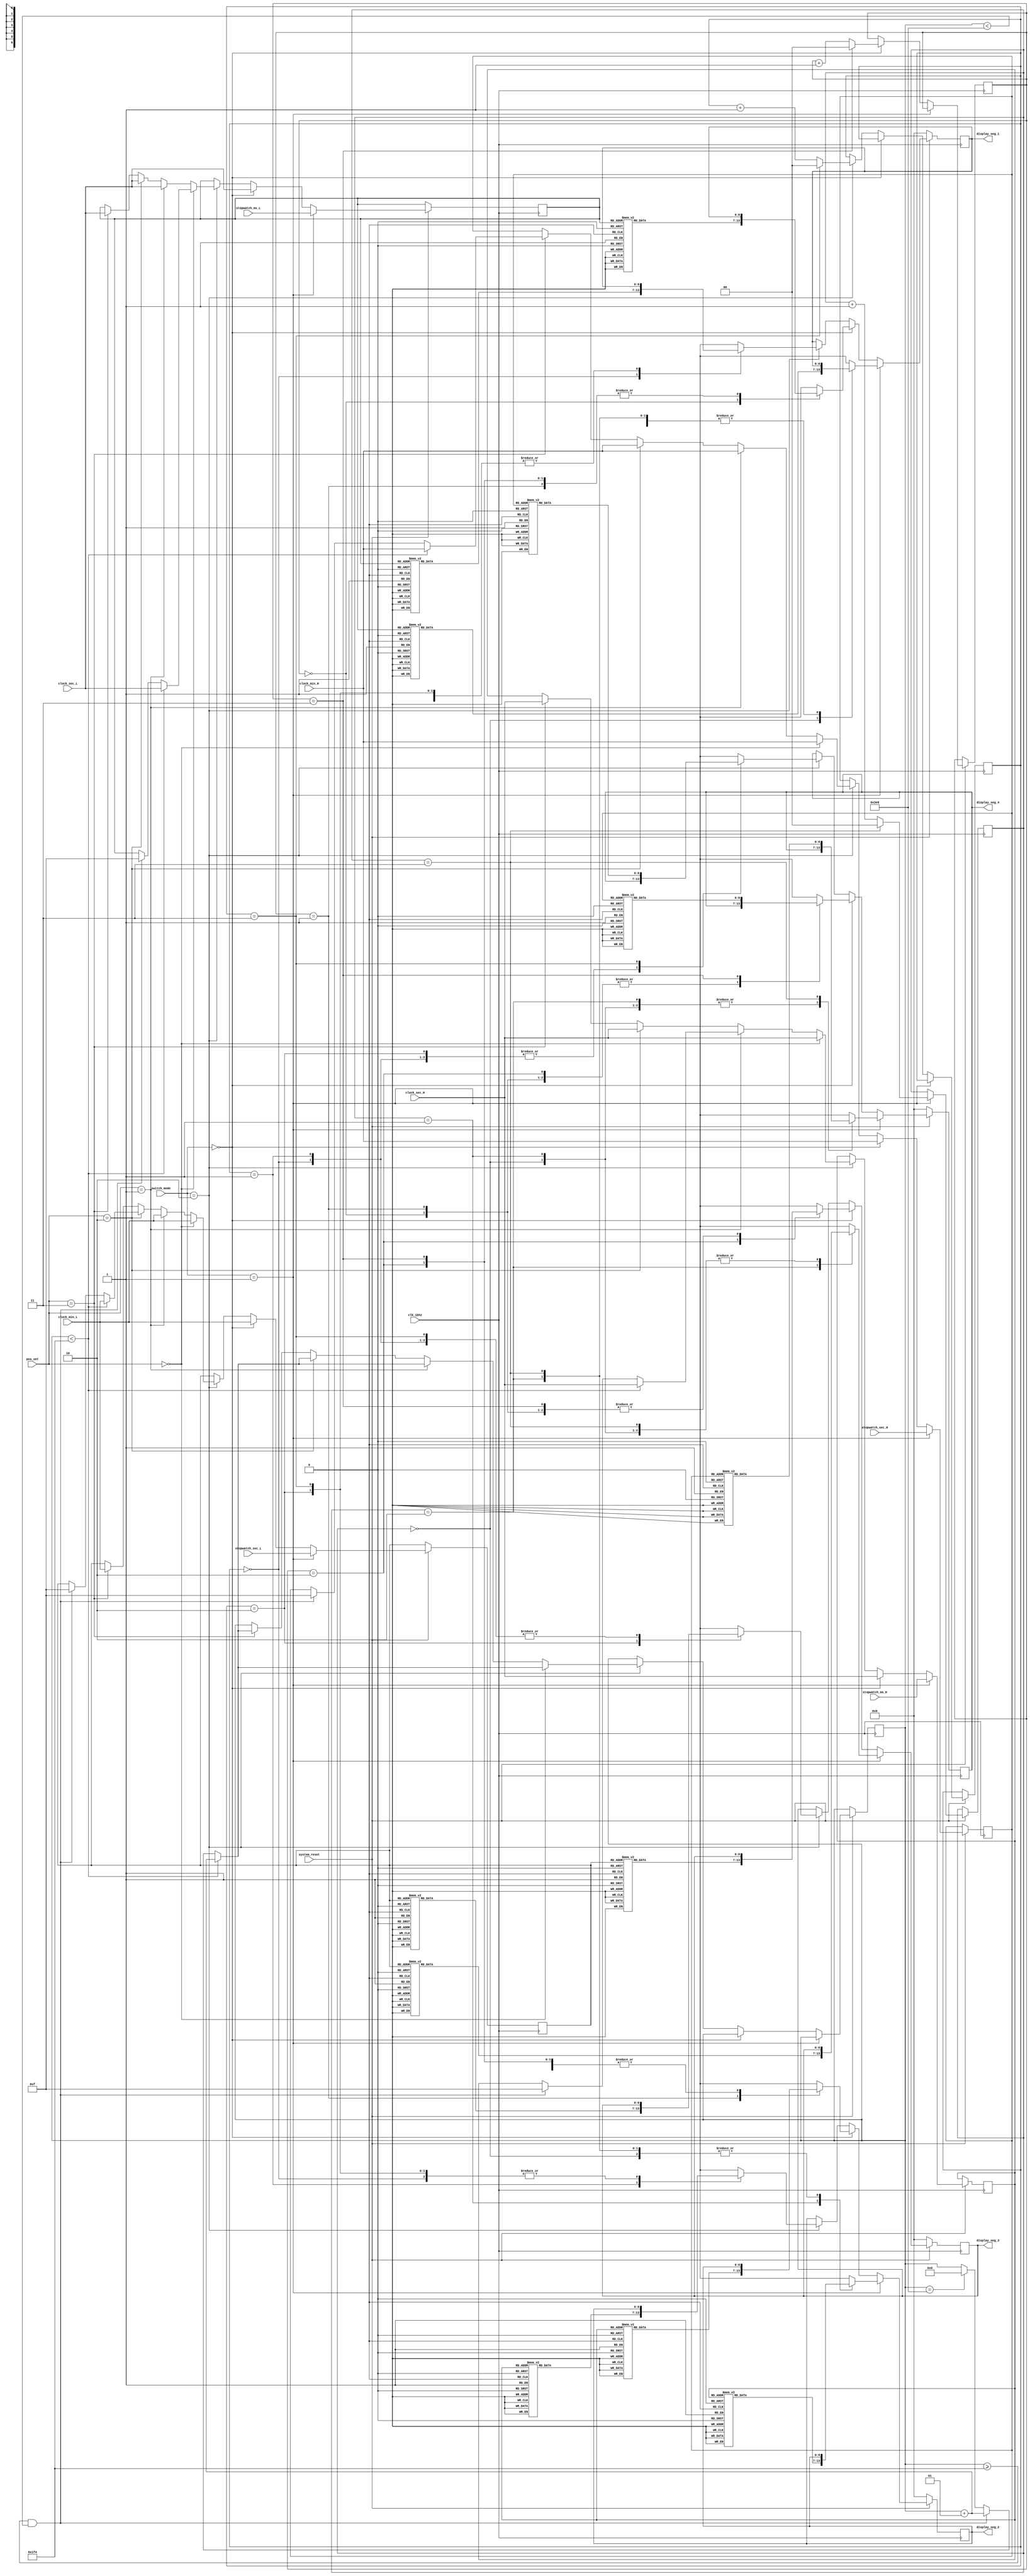
/*
		Student Name: Yang Li
		Studen Number: 1715977	
*/
module Display_clock(clk_1khz,
															switch_mode,
															//modify
															pos_set,
															system_reset,
															//over
															clock_min_H,
															clock_min_L,
															clock_sec_H,
															clock_sec_L,
															stopwatch_sec_H,
															stopwatch_sec_L,		
															stopwatch_ms_H,
															stopwatch_ms_L,															
															display_seg_1,
															display_seg_2,
															display_seg_3,
															display_seg_4
														);
input 												clk_1khz;
input 												system_reset;
input[1:0] 								switch_mode;
//modify
input[1:0]									pos_set;
//over
input[3:0] 								clock_min_H,
															clock_min_L,
															clock_sec_H,
															clock_sec_L,
															stopwatch_sec_H,
															stopwatch_sec_L,
															stopwatch_ms_H,
															stopwatch_ms_L;
															
output [6:0]							display_seg_1,
															display_seg_2,
															display_seg_3,
															display_seg_4;
															
reg [6:0]										display_seg_1,
															display_seg_2,
															display_seg_3,
															display_seg_4;															
reg [3:0]										display_1,
															display_2,
															display_3,
															display_4;
															
reg [1:0] 									loop_clock,
															loop_stopwatch,
															loop_time_set;
integer 										CNT;

always@(posedge clk_1khz)
begin
if(system_reset ==0)
begin
				display_seg_1 =  7'b0000000;
				display_seg_2 =  7'b0000000;
				display_seg_3 =  7'b0000000;
				display_seg_4 =  7'b0000000;
end

else  
begin
			if(switch_mode == 2'b01)
			begin			
						display_4 <= stopwatch_sec_H;
						display_3 <=stopwatch_sec_L;
						display_2 <=stopwatch_ms_H;
						display_1 <= stopwatch_ms_L;
						
						case(loop_stopwatch)
									2'b00: 
									begin
												case(display_1)
															4'b0000 : display_seg_1 = 7'b1000000;
															4'b0001 : display_seg_1 = 7'b1111001;
															4'b0010 : display_seg_1 = 7'b0100100;
															4'b0011 : display_seg_1 = 7'b0110000;
															4'b0100 : display_seg_1 = 7'b0011001;
															4'b0101 : display_seg_1 = 7'b0010010;
															4'b0110 : display_seg_1 = 7'b0000010;
															4'b0111 : display_seg_1 = 7'b1111000;
															4'b1000 : display_seg_1 = 7'b0000000;
															4'b1001 : display_seg_1 = 7'b0010000;
															default   : display_seg_1 = 7'b1111111; 
													endcase
									end
									2'b01:
									begin
												case(display_2)
															4'b0000 : display_seg_2 = 7'b1000000;
															4'b0001 : display_seg_2 = 7'b1111001;
															4'b0010 : display_seg_2 = 7'b0100100;
															4'b0011 : display_seg_2 = 7'b0110000;
															4'b0100 : display_seg_2 = 7'b0011001;
															4'b0101 : display_seg_2 = 7'b0010010;
															4'b0110 : display_seg_2 = 7'b0000010;
															4'b0111 : display_seg_2 = 7'b1111000;
															4'b1000 : display_seg_2 = 7'b0000000;
															4'b1001 : display_seg_2 = 7'b0010000;
															default : display_seg_2 = 7'b1111111; 
													endcase
									end
									2'b10:
									begin
												case(display_3)
															4'b0000 : display_seg_3 = 7'b1000000;
															4'b0001 : display_seg_3 = 7'b1111001;
															4'b0010 : display_seg_3 = 7'b0100100;
															4'b0011 : display_seg_3 = 7'b0110000;
															4'b0100 : display_seg_3 = 7'b0011001;
															4'b0101 : display_seg_3 = 7'b0010010;
															4'b0110 : display_seg_3 = 7'b0000010;
															4'b0111 : display_seg_3 = 7'b1111000;
															4'b1000 : display_seg_3 = 7'b0000000;
															4'b1001 : display_seg_3 = 7'b0010000;
															default : display_seg_3 = 7'b1111111; 
													endcase
									end
									2'b11:
									begin		
												case(display_4)
															4'b0000 : display_seg_4 = 7'b1000000;
															4'b0001 : display_seg_4 = 7'b1111001;
															4'b0010 : display_seg_4 = 7'b0100100;
															4'b0011 : display_seg_4 = 7'b0110000;
															4'b0100 : display_seg_4 = 7'b0011001;
															4'b0101 : display_seg_4 = 7'b0010010;
															4'b0110 : display_seg_4 = 7'b0000010;
															4'b0111 : display_seg_4 = 7'b1111000;
															4'b1000 : display_seg_4 = 7'b0000000;
															4'b1001 : display_seg_4 = 7'b0010000;
															default : display_seg_4 = 7'b1111111; 
													endcase
									end
				
						endcase
		
						loop_stopwatch <= loop_stopwatch + 2'b01;
						if(loop_stopwatch == 2'b11)
						begin
										loop_stopwatch <= 2'b00;
						end
			end
			//clock
			else if( switch_mode == 2'b00)
			begin
						display_4 <= 	clock_min_H;
						display_3 <=	clock_min_L;
						display_2 <= 	clock_sec_H;
						display_1 <=	clock_sec_L;		
						
						loop_clock <= loop_clock + 2'b01;
						if(loop_clock == 2'b11)
						begin
									loop_clock <= 2'b00;
						end
						
						case(loop_clock)
									2'b00: 
									begin
												case(display_1)
															4'b0000 : display_seg_1 = 7'b1000000;
															4'b0001 : display_seg_1 = 7'b1111001;
															4'b0010 : display_seg_1 = 7'b0100100;
															4'b0011 : display_seg_1 = 7'b0110000;
															4'b0100 : display_seg_1 = 7'b0011001;
															4'b0101 : display_seg_1 = 7'b0010010;
															4'b0110 : display_seg_1 = 7'b0000010;
															4'b0111 : display_seg_1 = 7'b1111000;
															4'b1000 : display_seg_1 = 7'b0000000;
															4'b1001 : display_seg_1 = 7'b0010000;
															default   : display_seg_1 = 7'b1111111; 
													endcase
									end
									2'b01:
									begin
												case(display_2)
															4'b0000 : display_seg_2 = 7'b1000000;
															4'b0001 : display_seg_2 = 7'b1111001;
															4'b0010 : display_seg_2 = 7'b0100100;
															4'b0011 : display_seg_2 = 7'b0110000;
															4'b0100 : display_seg_2 = 7'b0011001;
															4'b0101 : display_seg_2 = 7'b0010010;
															4'b0110 : display_seg_2 = 7'b0000010;
															4'b0111 : display_seg_2 = 7'b1111000;
															4'b1000 : display_seg_2 = 7'b0000000;
															4'b1001 : display_seg_2 = 7'b0010000;
															default : display_seg_2 = 7'b1111111; 
													endcase
									end
									2'b10:
									begin
												case(display_3)
														4'b0000 : display_seg_3 = 7'b1000000;
														4'b0001 : display_seg_3 = 7'b1111001;
														4'b0010 : display_seg_3 = 7'b0100100;
														4'b0011 : display_seg_3 = 7'b0110000;
														4'b0100 : display_seg_3 = 7'b0011001;
														4'b0101 : display_seg_3 = 7'b0010010;
														4'b0110 : display_seg_3 = 7'b0000010;
														4'b0111 : display_seg_3 = 7'b1111000;
														4'b1000 : display_seg_3 = 7'b0000000;
														4'b1001 : display_seg_3 = 7'b0010000;
														default : display_seg_3 = 7'b1111111; 
												endcase
									end
									2'b11:
									begin		
												case(display_4)
															4'b0000 : display_seg_4 = 7'b1000000;
															4'b0001 : display_seg_4 = 7'b1111001;
															4'b0010 : display_seg_4 = 7'b0100100;
															4'b0011 : display_seg_4 = 7'b0110000;
															4'b0100 : display_seg_4 = 7'b0011001;
															4'b0101 : display_seg_4 = 7'b0010010;
															4'b0110 : display_seg_4 = 7'b0000010;
															4'b0111 : display_seg_4 = 7'b1111000;
															4'b1000 : display_seg_4 = 7'b0000000;
															4'b1001 : display_seg_4 = 7'b0010000;
															default : display_seg_4 = 7'b1111111; 
													endcase
									end
	
					endcase
		
	
			end
			
		//time_set
			else if(switch_mode == 2'b10 )
			begin
						//display_4 <= 	clock_min_H;
						//display_3 <=	clock_min_L;
						//display_2 <= 	clock_sec_H;
						//display_1 <=	clock_sec_L;
						loop_time_set <= loop_time_set + 2'b01;
						if(loop_time_set == 2'b11)
						begin
									loop_time_set <= 2'b00;
						end
						
						if(pos_set == 2'b00)
						begin										
										display_4 <= 	clock_min_H;
										display_3 <=	clock_min_L;
										display_2 <= 	clock_sec_H;	
										
										if(CNT <500)
										begin
													display_1 <= clock_sec_L;
													CNT <= CNT +1;
										end
									
										else if(CNT >=500 && CNT<1000)
										begin
													CNT <= CNT +1;
													display_1 <= 4'b1111;														
										end
										else if( CNT == 1000)
													CNT <= 0;
														
						end
									
						else if(pos_set == 2'b01)
						begin
										display_4 <= 	clock_min_H;
										display_3 <=	clock_min_L;										
										display_1 <=	clock_sec_L;
										
									if(CNT <500)
										begin
													display_2 <= clock_sec_H;
													CNT <= CNT +1;
										end
									
										else if(CNT >=500 && CNT<1000)
										begin
													CNT <= CNT +1;
													display_2 <= 4'b1111;														
										end
										else if( CNT == 1000)
													CNT <= 0;
						end
						
						else if(pos_set == 2'b10)
						begin
										display_4 <= 	clock_min_H;									
										display_2 <= 	clock_sec_H;
										display_1 <=	clock_sec_L;
										
										if(CNT <500)
										begin
													display_3 <= clock_min_L;
													CNT <= CNT +1;
										end
										
										else if(CNT >=500 && CNT<1000)
										begin
													CNT <= CNT +1;
													display_3 <= 4'b1111;														
										end
										else if( CNT == 1000)
													CNT <= 0;
						end
						
						else if(pos_set == 2'b11)
						begin																	
										display_3 <=	clock_min_L;
										display_2 <= 	clock_sec_H;
										display_1 <=	clock_sec_L;
										
										if(CNT <500)
										begin
													display_4 <= clock_min_H;
													CNT <= CNT +1;
										end
										
										else if(CNT >=500 && CNT<1000)
										begin
													CNT <= CNT +1;
													display_4 <= 4'b1111;														
										end
										else if( CNT == 1000)
													CNT <= 0;
						end
											
					case(loop_time_set)
						2'b00: 
						begin
									case(display_1)
												4'b0000 : display_seg_1 = 7'b1000000;
												4'b0001 : display_seg_1 = 7'b1111001;
												4'b0010 : display_seg_1 = 7'b0100100;
												4'b0011 : display_seg_1 = 7'b0110000;
												4'b0100 : display_seg_1 = 7'b0011001;
												4'b0101 : display_seg_1 = 7'b0010010;
												4'b0110 : display_seg_1 = 7'b0000010;
												4'b0111 : display_seg_1 = 7'b1111000;
												4'b1000 : display_seg_1 = 7'b0000000;
												4'b1001 : display_seg_1 = 7'b0010000;
												default   : display_seg_1 = 7'b1111111; 
										endcase
						end
						2'b01:
						begin
									case(display_2)
												4'b0000 : display_seg_2 = 7'b1000000;
												4'b0001 : display_seg_2 = 7'b1111001;
												4'b0010 : display_seg_2 = 7'b0100100;
												4'b0011 : display_seg_2 = 7'b0110000;
												4'b0100 : display_seg_2 = 7'b0011001;
												4'b0101 : display_seg_2 = 7'b0010010;
												4'b0110 : display_seg_2 = 7'b0000010;
												4'b0111 : display_seg_2 = 7'b1111000;
												4'b1000 : display_seg_2 = 7'b0000000;
												4'b1001 : display_seg_2 = 7'b0010000;
												default : display_seg_2 = 7'b1111111; 
										endcase
						end
						2'b10:
						begin
									case(display_3)
												4'b0000 : display_seg_3 = 7'b1000000;
												4'b0001 : display_seg_3 = 7'b1111001;
												4'b0010 : display_seg_3 = 7'b0100100;
												4'b0011 : display_seg_3 = 7'b0110000;
												4'b0100 : display_seg_3 = 7'b0011001;
												4'b0101 : display_seg_3 = 7'b0010010;
												4'b0110 : display_seg_3 = 7'b0000010;
												4'b0111 : display_seg_3 = 7'b1111000;
												4'b1000 : display_seg_3 = 7'b0000000;
												4'b1001 : display_seg_3 = 7'b0010000;
												default : display_seg_3 = 7'b1111111; 
										endcase
						end
						2'b11:
						begin		
									case(display_4)
												4'b0000 : display_seg_4 = 7'b1000000;
												4'b0001 : display_seg_4 = 7'b1111001;
												4'b0010 : display_seg_4 = 7'b0100100;
												4'b0011 : display_seg_4 = 7'b0110000;
												4'b0100 : display_seg_4 = 7'b0011001;
												4'b0101 : display_seg_4 = 7'b0010010;
												4'b0110 : display_seg_4 = 7'b0000010;
												4'b0111 : display_seg_4 = 7'b1111000;
												4'b1000 : display_seg_4 = 7'b0000000;
												4'b1001 : display_seg_4 = 7'b0010000;
												default : display_seg_4 = 7'b1111111; 
										endcase
						end
				
					endcase
													
			end
end

end


endmodule
			//ms
	/*		
			case(loop)
			2'b00: 
			begin
						case(display_1)
									4'b0000 : display_seg_1 = 7'b1000000;
									4'b0001 : display_seg_1 = 7'b1111001;
									4'b0010 : display_seg_1 = 7'b0100100;
									4'b0011 : display_seg_1 = 7'b0110000;
									4'b0100 : display_seg_1 = 7'b0011001;
									4'b0101 : display_seg_1 = 7'b0010010;
									4'b0110 : display_seg_1 = 7'b0000010;
									4'b0111 : display_seg_1 = 7'b1111000;
									4'b1000 : display_seg_1 = 7'b0000000;
									4'b1001 : display_seg_1 = 7'b0010000;
									default   : display_seg_1 = 7'b1111111; 
							endcase
			end
			2'b01:
			begin
						case(display_2)
									4'b0000 : display_seg_2 = 7'b1000000;
									4'b0001 : display_seg_2 = 7'b1111001;
									4'b0010 : display_seg_2 = 7'b0100100;
									4'b0011 : display_seg_2 = 7'b0110000;
									4'b0100 : display_seg_2 = 7'b0011001;
									4'b0101 : display_seg_2 = 7'b0010010;
									4'b0110 : display_seg_2 = 7'b0000010;
									4'b0111 : display_seg_2 = 7'b1111000;
									4'b1000 : display_seg_2 = 7'b0000000;
									4'b1001 : display_seg_2 = 7'b0010000;
									default : display_seg_2 = 7'b1111111; 
							endcase
			end
			2'b10:
			begin
						case(display_3)
									4'b0000 : display_seg_3 = 7'b1000000;
									4'b0001 : display_seg_3 = 7'b1111001;
									4'b0010 : display_seg_3 = 7'b0100100;
									4'b0011 : display_seg_3 = 7'b0110000;
									4'b0100 : display_seg_3 = 7'b0011001;
									4'b0101 : display_seg_3 = 7'b0010010;
									4'b0110 : display_seg_3 = 7'b0000010;
									4'b0111 : display_seg_3 = 7'b1111000;
									4'b1000 : display_seg_3 = 7'b0000000;
									4'b1001 : display_seg_3 = 7'b0010000;
									default : display_seg_3 = 7'b1111111; 
							endcase
			end
			2'b11:
			begin		
						case(display_4)
									4'b0000 : display_seg_4 = 7'b1000000;
									4'b0001 : display_seg_4 = 7'b1111001;
									4'b0010 : display_seg_4 = 7'b0100100;
									4'b0011 : display_seg_4 = 7'b0110000;
									4'b0100 : display_seg_4 = 7'b0011001;
									4'b0101 : display_seg_4 = 7'b0010010;
									4'b0110 : display_seg_4 = 7'b0000010;
									4'b0111 : display_seg_4 = 7'b1111000;
									4'b1000 : display_seg_4 = 7'b0000000;
									4'b1001 : display_seg_4 = 7'b0010000;
									default : display_seg_4 = 7'b1111111; 
							endcase
			end
	
		endcase
		
		loop <= loop + 2'b01;
		if(loop == 2'b11)
		begin
					loop <= 2'b00;
		end
		//
		//if(loop == pos_set)
		//begin
		
		
		//end
*/